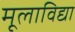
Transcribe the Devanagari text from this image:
मूलाविद्या